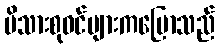
မိသားစုဝင်များကပြောသည်